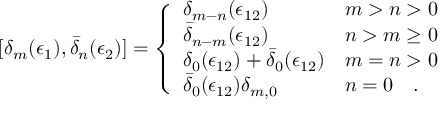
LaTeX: [ \delta _ { m } ( \epsilon _ { 1 } ) , \bar { \delta } _ { n } ( \epsilon _ { 2 } ) ] = \left\{ \begin{array} { l l } { { \delta _ { m - n } ( \epsilon _ { 1 2 } ) } } & { { m > n > 0 } } \\ { { \bar { \delta } _ { n - m } ( \epsilon _ { 1 2 } ) } } & { { n > m \geq 0 } } \\ { { \delta _ { 0 } ( \epsilon _ { 1 2 } ) + \bar { \delta } _ { 0 } ( \epsilon _ { 1 2 } ) } } & { { m = n > 0 } } \\ { { \bar { \delta } _ { 0 } ( \epsilon _ { 1 2 } ) \delta _ { m , 0 } } } & { { n = 0 \quad . } } \end{array} \right.